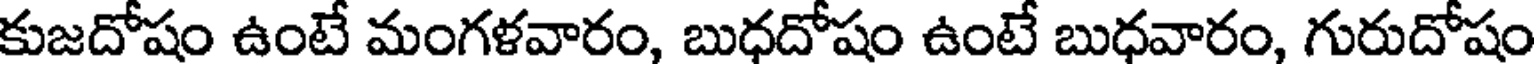
కుజదోషం ఉంటే మంగళవారం, బుధదోషం ఉంటే బుధవారం, గురుదోషం